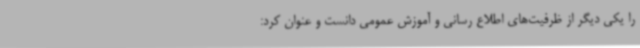
را یکی دیگر از ظرفیت‌های اطلاع رسانی و آموزش عمومی دانست و عنوان کرد: